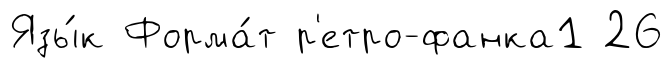
Язы́к Форма́т р'етро-фанка1 26